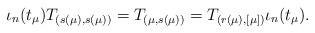
LaTeX: \begin{align*} \iota_{n} (t_{\mu}) T_{(s(\mu), s(\mu))} = T_{(\mu, s(\mu))} = T_{(r(\mu), [\mu])} \iota_{n} (t_{\mu}).\end{align*}